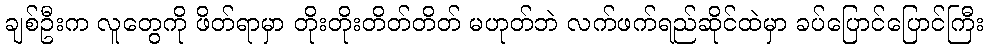
ချစ်ဦးက လူတွေကို ဖိတ်ရာမှာ တိုးတိုးတိတ်တိတ် မဟုတ်ဘဲ လက်ဖက်ရည်ဆိုင်ထဲမှာ ခပ်ပြောင်ပြောင်ကြီး